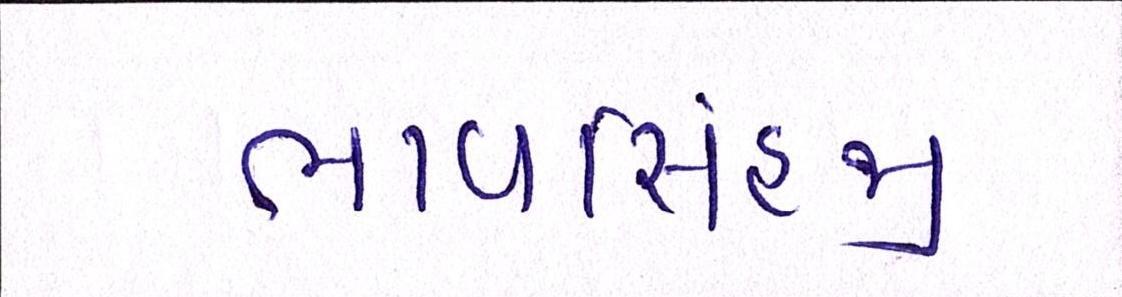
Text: ભાવસિંહજી